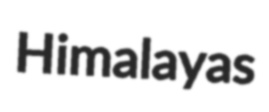
Himalayas